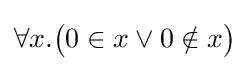
\forall x.{\big (}0\in x\lor 0\notin x{\big )}